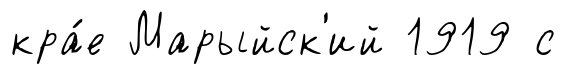
кра́е Марыйск'ий 1919 с